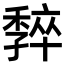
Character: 𡦧